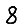
Digit: 8